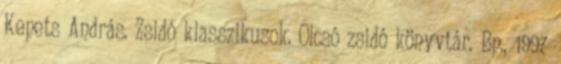
Kepets András. Zsidó klasszikusok. Olcsó zsidó könyvtár. Bp., 1997